Civil Veterinary Dept. Bombay admin report 1923-31 - 1923-1931
Year: 1923
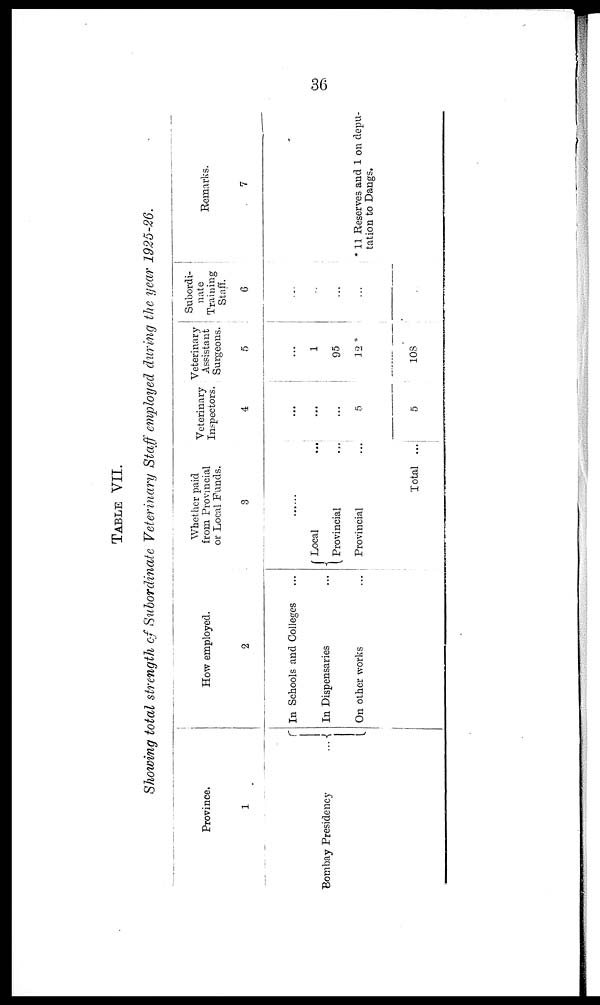
36
TABLEVII.
Showing total strength of Subordinate Veterinary Staff employed during the year 1925-26.
Province.
1
Bombay Presidency
...
How employed.
2
In Schools and Colleges ...
In Dispensaries ...
On other works ...
Whether paid
from Provincial
or Local Funds.
3
......
Local
Provincial
Provincial
Total
Veterinary
Inspectors.
4
...
... ...
... ...
... 5
...
5
Veterinary
Assistant
Surgeons.
5
...
1
95
12*
108
Subordi-
nate
Training
Staff.
6
...
...
...
...
Remarks.
7
* 11 Reserves and 1 on depu-
tation to Dangs.